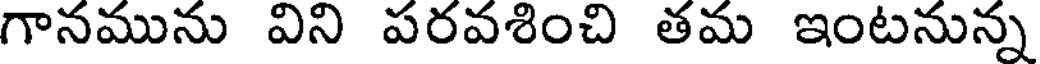
గానమును విని పరవశించి తమ ఇంటనున్న